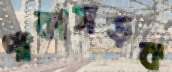
পাকাসড়ক